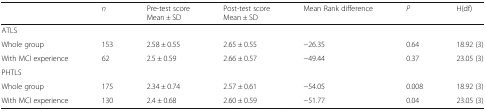
|  | n | Pre-test scoreMean ± SD | Post-test scoreMean ± SD | Mean Rank difference | P | H(df) |
 | --- | --- | --- | --- | --- | --- | --- |
 | <COLSPAN=7> ATLS |
 | Whole group | 153 | 2.58 ± 0.55 | 2.65 ± 0.55 | −26.35 | 0.64 | 18.92 (3) |
 | With MCI experience | 62 | 2.5 ± 0.59 | 2.66 ± 0.57 | −49.44 | 0.37 | 23.05 (3) |
 | <COLSPAN=7> PHTLS |
 | Whole group | 175 | 2.34 ± 0.74 | 2.57 ± 0.61 | −54.05 | 0.008 | 18.92 (3) |
 | With MCI experience | 130 | 2.4 ± 0.68 | 2.60 ± 0.59 | −51.77 | 0.04 | 23.05 (3) |